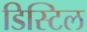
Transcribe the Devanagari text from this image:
डिस्टिल